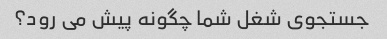
جستجوی شغل شما چگونه پیش می رود؟